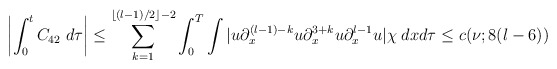
\begin{align*} \left|\int_0^t C_{42} \; d\tau\right|\leq \sum_{k=1}^{\lfloor (l-1)/2\rfloor-2}\int_0^T\int |u\partial_x^{(l-1)-k}u\partial_x^{3+k}u\partial_x^{l-1}u|\chi \; dxd\tau\leq c(\nu;8(l-6))\end{align*}